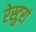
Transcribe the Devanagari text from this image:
रेस्टुरां